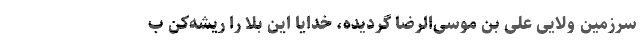
سرزمین ولایی علی بن موسی‌الرضا گردیده، خدایا این بلا را ریشه‌کن ب